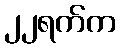
၂၂ရက်က